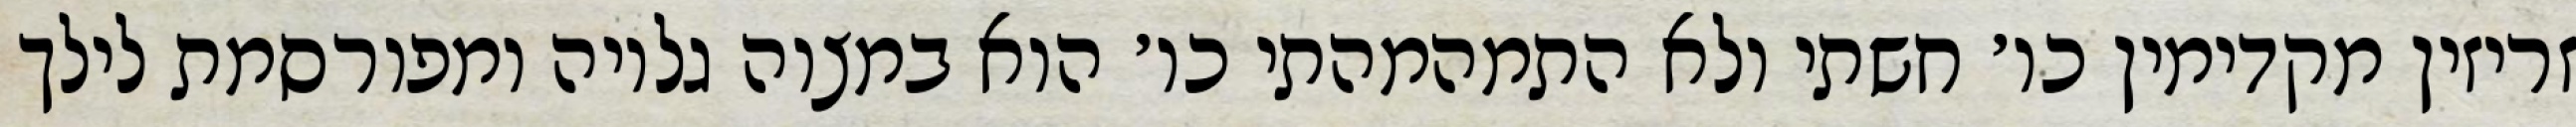
זריזין מקדימין כו׳ חשתי ולא התמהמהתי כו׳ הוא במצוה גלויה ומפורסמת לילך